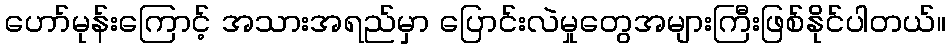
ဟော်မုန်းကြောင့် အသားအရည်မှာ ပြောင်းလဲမှုတွေအများကြီးဖြစ်နိုင်ပါတယ်။